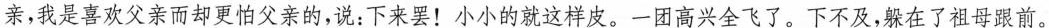
亲,我是喜欢父亲而却更怕父亲的,说:下来罢!小小的就这样皮。一团高兴全飞了。下不及,躲在了祖母跟前。